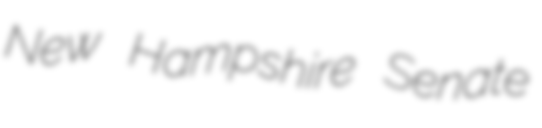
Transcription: New Hampshire Senate